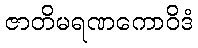
ဇာတိမရဏကောဝိဒံ